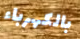
بالكهرباء